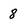
Character: 8